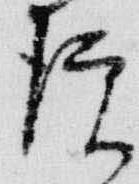
院